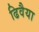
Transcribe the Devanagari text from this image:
ढिवैया